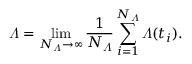
\varLambda = \operatorname* { l i m } _ { N _ { \varLambda } \to \infty } \frac { 1 } { N _ { \varLambda } } \sum _ { i = 1 } ^ { N _ { \varLambda } } \varLambda ( t _ { i } ) .